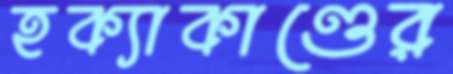
হক্যাকাণ্ডের